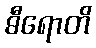
ဓီရောတိ